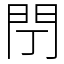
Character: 閅